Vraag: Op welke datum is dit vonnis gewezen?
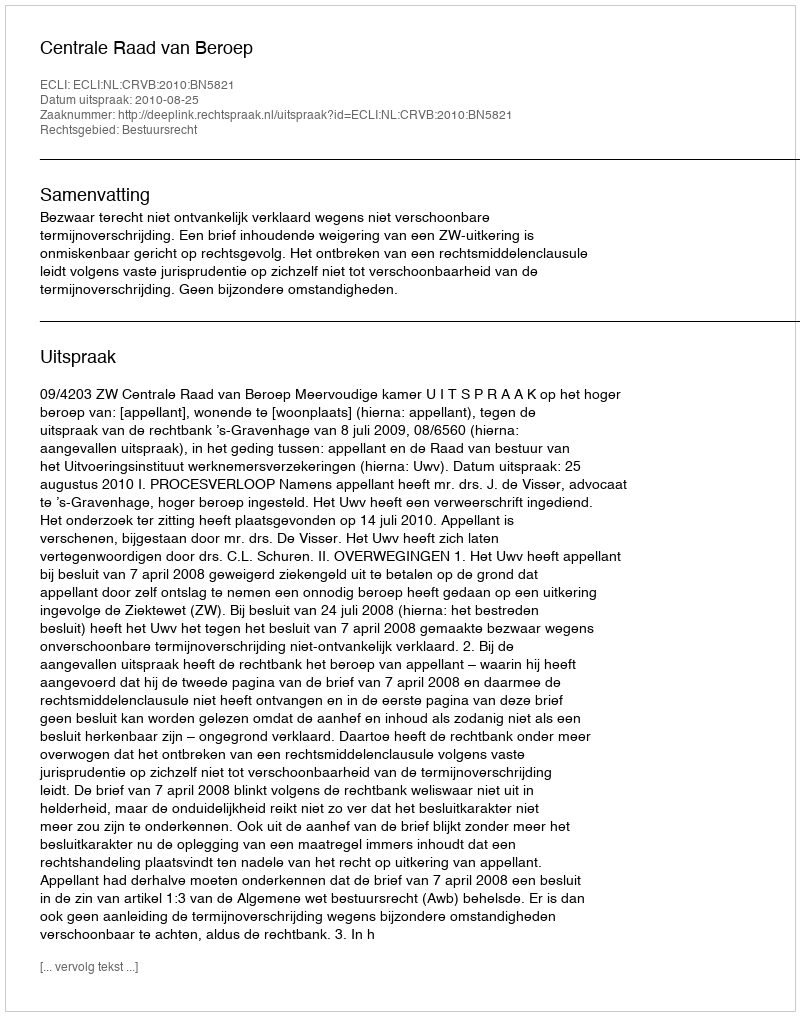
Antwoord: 2010-08-25